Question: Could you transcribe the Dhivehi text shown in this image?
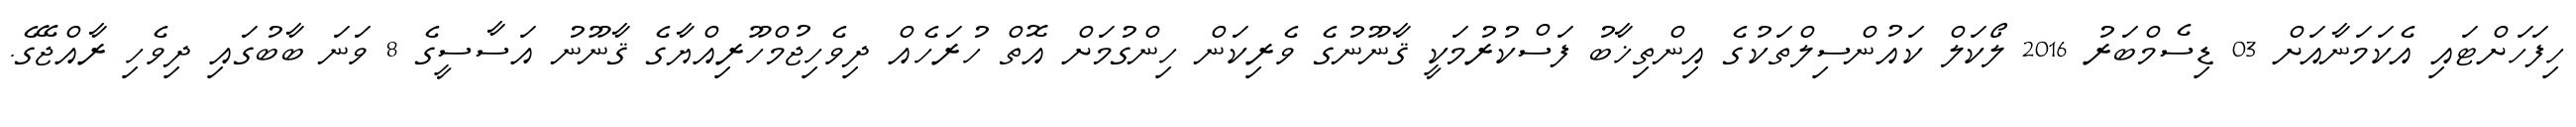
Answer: ހިފަހަށްޓައި އެކަމަނާއަށް 03 ޑިސެމްބަރު 2016 ލޯކަލް ކައުންސިލްތަކުގެ އިންތިޚާބު ފަސްކުރުމަކީ ޤާނޫނުގެ ވެރިކަން ހިންގުމަށް އޮތް ހުރަހެއް ދިވެހިޖުމްހޫރިއްޔާގެ ޤާނޫނު އަސާސީގެ 8 ވަނަ ބާބުގައި ދިވެހި ރާއްޖޭގެ.